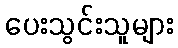
ပေးသွင်းသူများ